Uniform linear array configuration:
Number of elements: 64
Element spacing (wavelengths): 0.25
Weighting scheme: hann
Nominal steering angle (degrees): -60
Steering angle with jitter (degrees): -58.611
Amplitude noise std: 0.05
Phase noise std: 0.05

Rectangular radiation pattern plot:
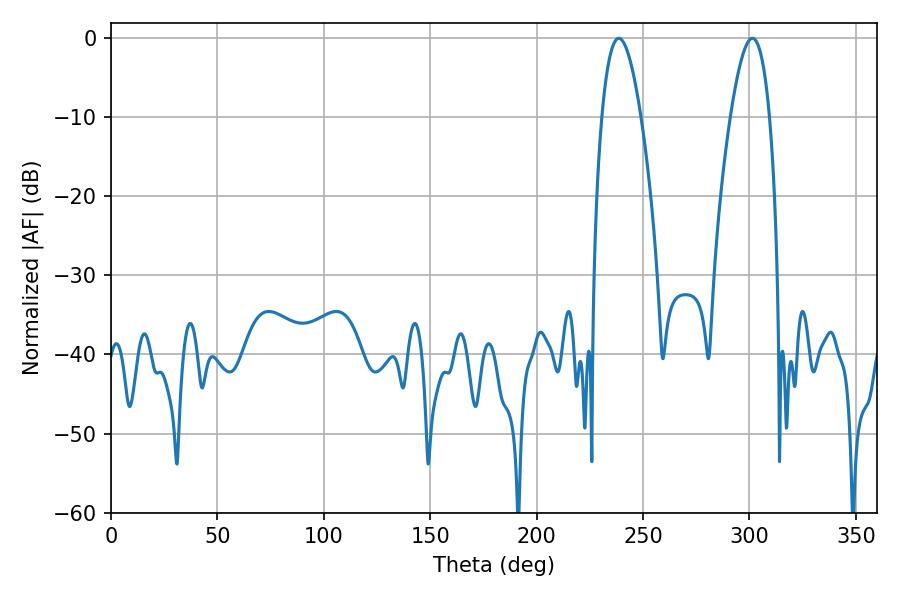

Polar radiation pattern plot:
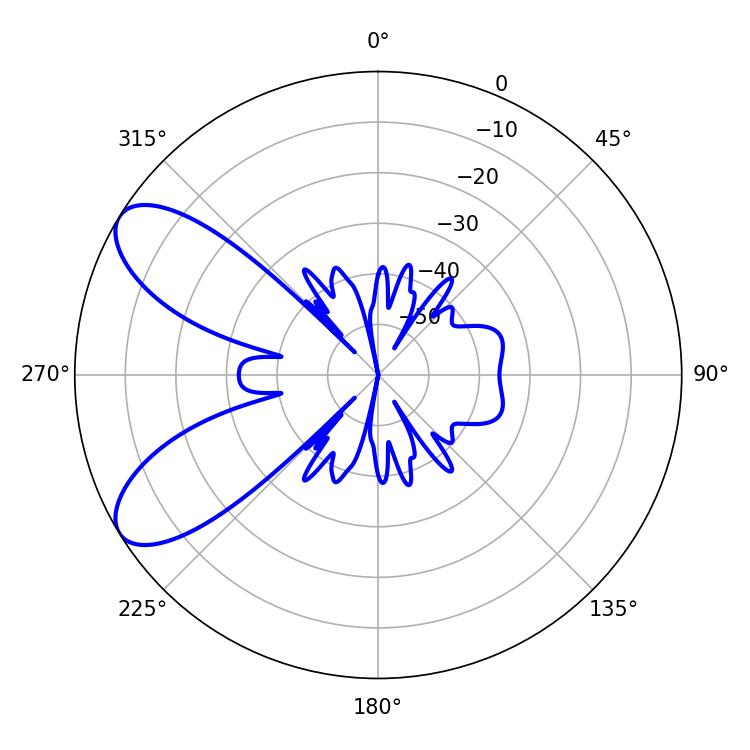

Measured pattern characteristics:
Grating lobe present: FALSE
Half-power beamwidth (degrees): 10.08
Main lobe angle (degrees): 238.68